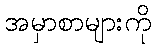
အမှာစာများကို